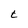
Character: t